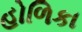
હોળિકા